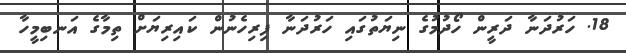
18. ހަރުދަނާ ދަރީން ހޯދުމުގެ ނިޔަތުގައި ހަރުދަނާ ފިރިހެނުން ކައިރިޔަށް ތިމާގެ އަނބިމީހާ